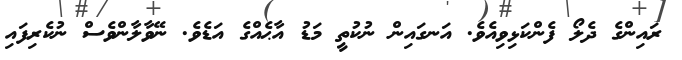
ރައިންގެ ދެލޯ ފެންކަޅިވިއެވެ. އަނގައިން ނުކުތީ މަޑު އާޙެއްގެ އަޑެވެ. ނޭވާލާންވެސް ނުކެރިފައި